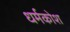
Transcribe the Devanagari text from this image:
धर्मकोश